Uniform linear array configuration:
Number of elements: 8
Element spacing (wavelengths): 1
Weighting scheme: binomial
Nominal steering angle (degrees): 45
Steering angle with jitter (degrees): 44.957
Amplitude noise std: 0.05
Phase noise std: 0.05

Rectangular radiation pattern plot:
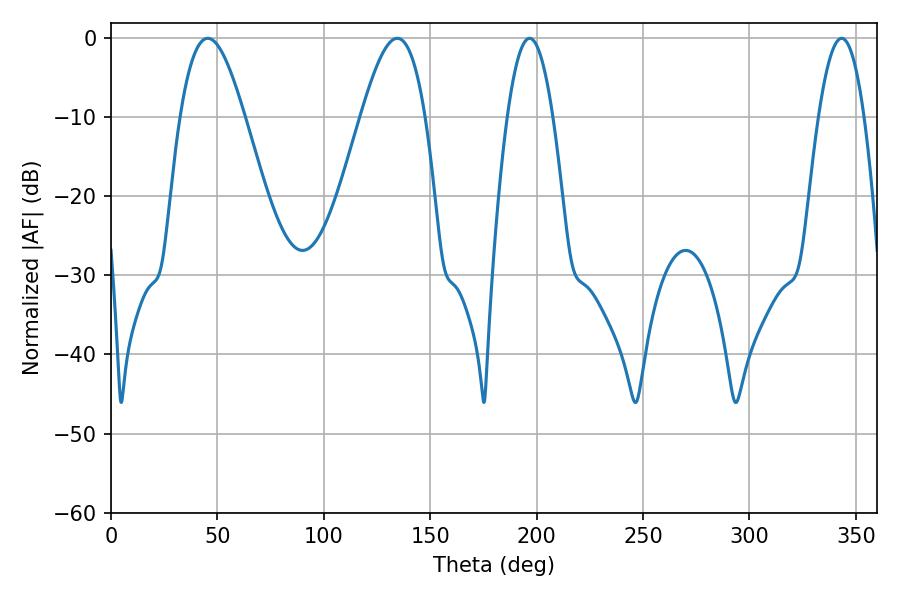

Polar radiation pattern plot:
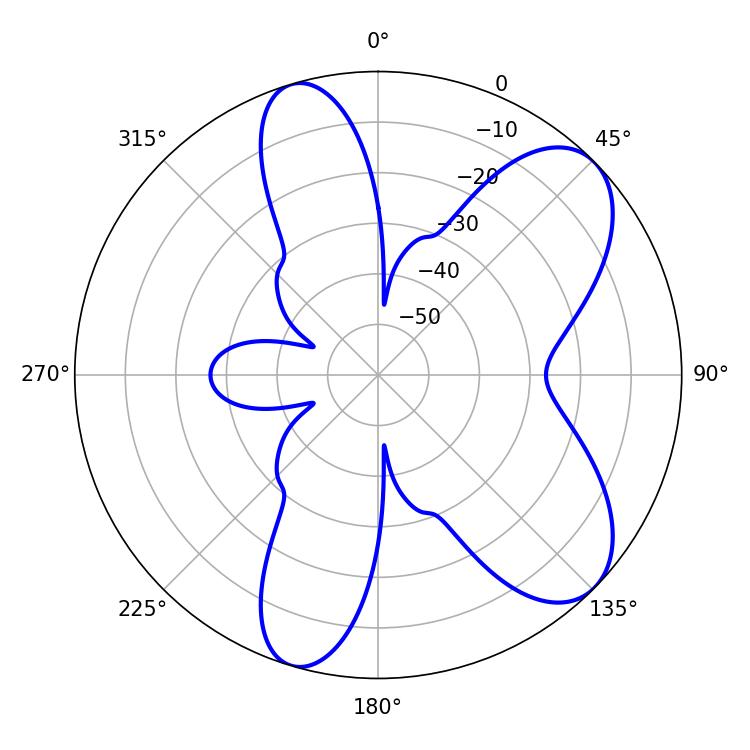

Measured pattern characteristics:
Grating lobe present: TRUE
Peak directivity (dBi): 7.905
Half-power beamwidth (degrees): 16.38
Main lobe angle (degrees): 45.54